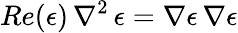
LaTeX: Re(\epsilon)\, \nabla^{2}\, \epsilon=\nabla\epsilon\, \nabla\epsilon